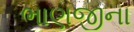
ભાણજીના